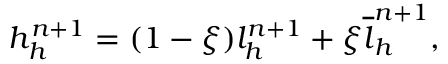
h _ { h } ^ { n + 1 } = ( 1 - \xi ) { l } _ { h } ^ { n + 1 } + \xi \overline { { l } } _ { h } ^ { n + 1 } ,